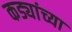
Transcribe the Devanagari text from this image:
कड्यांच्या